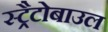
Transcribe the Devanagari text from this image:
स्ट्रैटोबाउल